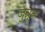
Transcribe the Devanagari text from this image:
जुन्नून